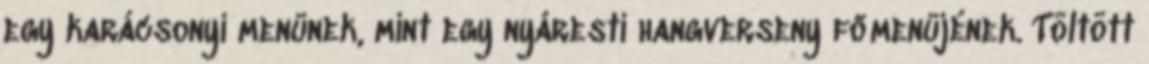
egy karácsonyi menünek, mint egy nyáresti hangverseny főmenüjének. Töltött